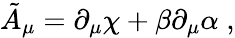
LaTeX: \tilde{A}_{\mu}=\partial_{\mu}\chi+\beta\partial_{\mu}\alpha\; ,